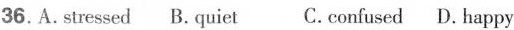
36.A.stressed B. quiet C. confused D. happy